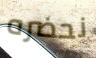
نحضره